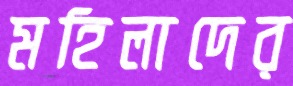
মহিলাদের